Annual returns of the Patna Lunatic Asylum at Bankipore in Bihar and Orissa - 1912-1924
Year: 1912
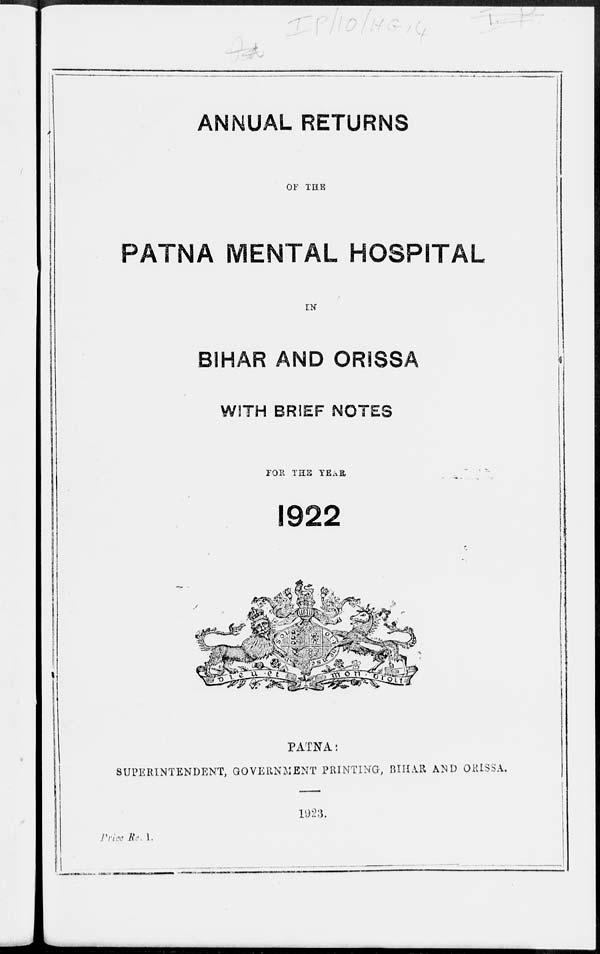
ANNUAL RETURNS
OF THE
PATNA MENTAL HOSPITAL
IN
BIHAR AND ORISSA
WITH BRIEF NOTES
FOR THE YEAR
1922
PATNA:
SUPERINTENDENT, GOVERNMENT PRINTING, BIHAR AND ORISSA.
1923.
Price Re. 1.